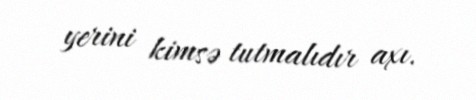
yerini kimsə tutmalıdır axı.